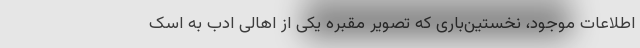
اطلاعات موجود، نخستین‌باری که تصویر مقبره یکی از اهالی ادب به اسک